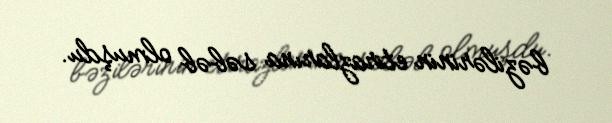
bəzilərinin etirazlarına səbəb olmuşdu.